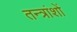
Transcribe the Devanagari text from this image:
तन्त्रांशों